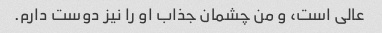
عالی است، و من چشمان جذاب او را نیز دوست دارم.